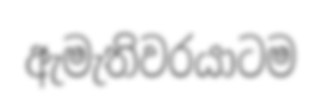
ඇමැතිවරයාටම